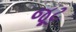
જૂટ